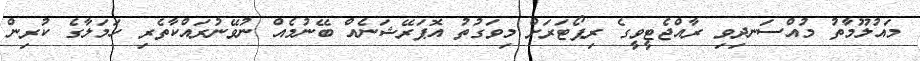
މައުލޫމާތު މުއްސަނދިވި ރާއްޖެޓީވީގެ ރިޕޯޓަރަށް މިވަގުތު އޮޕަރޭޝަނެއް ބޭނުމެއް ނުވޭނުރައްކާތެރި ހަމަލާގެ ކުރިން